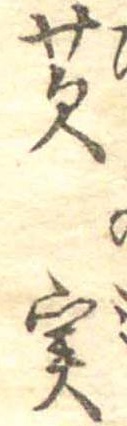
芡実